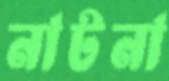
নাটনা